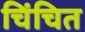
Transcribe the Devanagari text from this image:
चिंचित